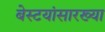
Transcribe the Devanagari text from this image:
बेस्टयांसारख्या